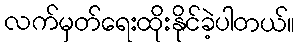
လက်မှတ်ရေးထိုးနိုင်ခဲ့ပါတယ်။